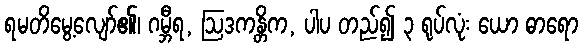
ရမတိမွေ့လျော်၏၊ ဂမ္ဘီရ, ဩဒကန္တိက, ပါပ တည်၍ ၃ ရုပ်လုံး ယော ဓာရော